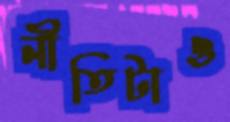
নীতিটাও